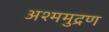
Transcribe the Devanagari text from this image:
अश्ममुद्रण